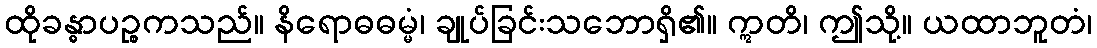
ထိုခန္ဓာပဉ္စကသည်။ နိရောဓဓမ္မံ၊ ချုပ်ခြင်းသဘောရှိ၏။ ဣတိ၊ ဤသို့။ ယထာဘူတံ၊